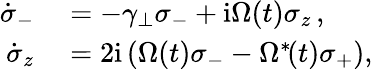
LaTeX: \begin{array}{rl}{\dot{\sigma}_{-}}&{{}=-\gamma_{\perp}\sigma_{-}+\mathrm{i}\Omega(t)\sigma_{z}\, ,}\\ {\dot{\sigma}_{z}}&{{}=2\mathrm{i}\left(\Omega(t)\sigma_{-}-\Omega^{\ast}\! (t)\sigma_{+}\right),}\end{array}